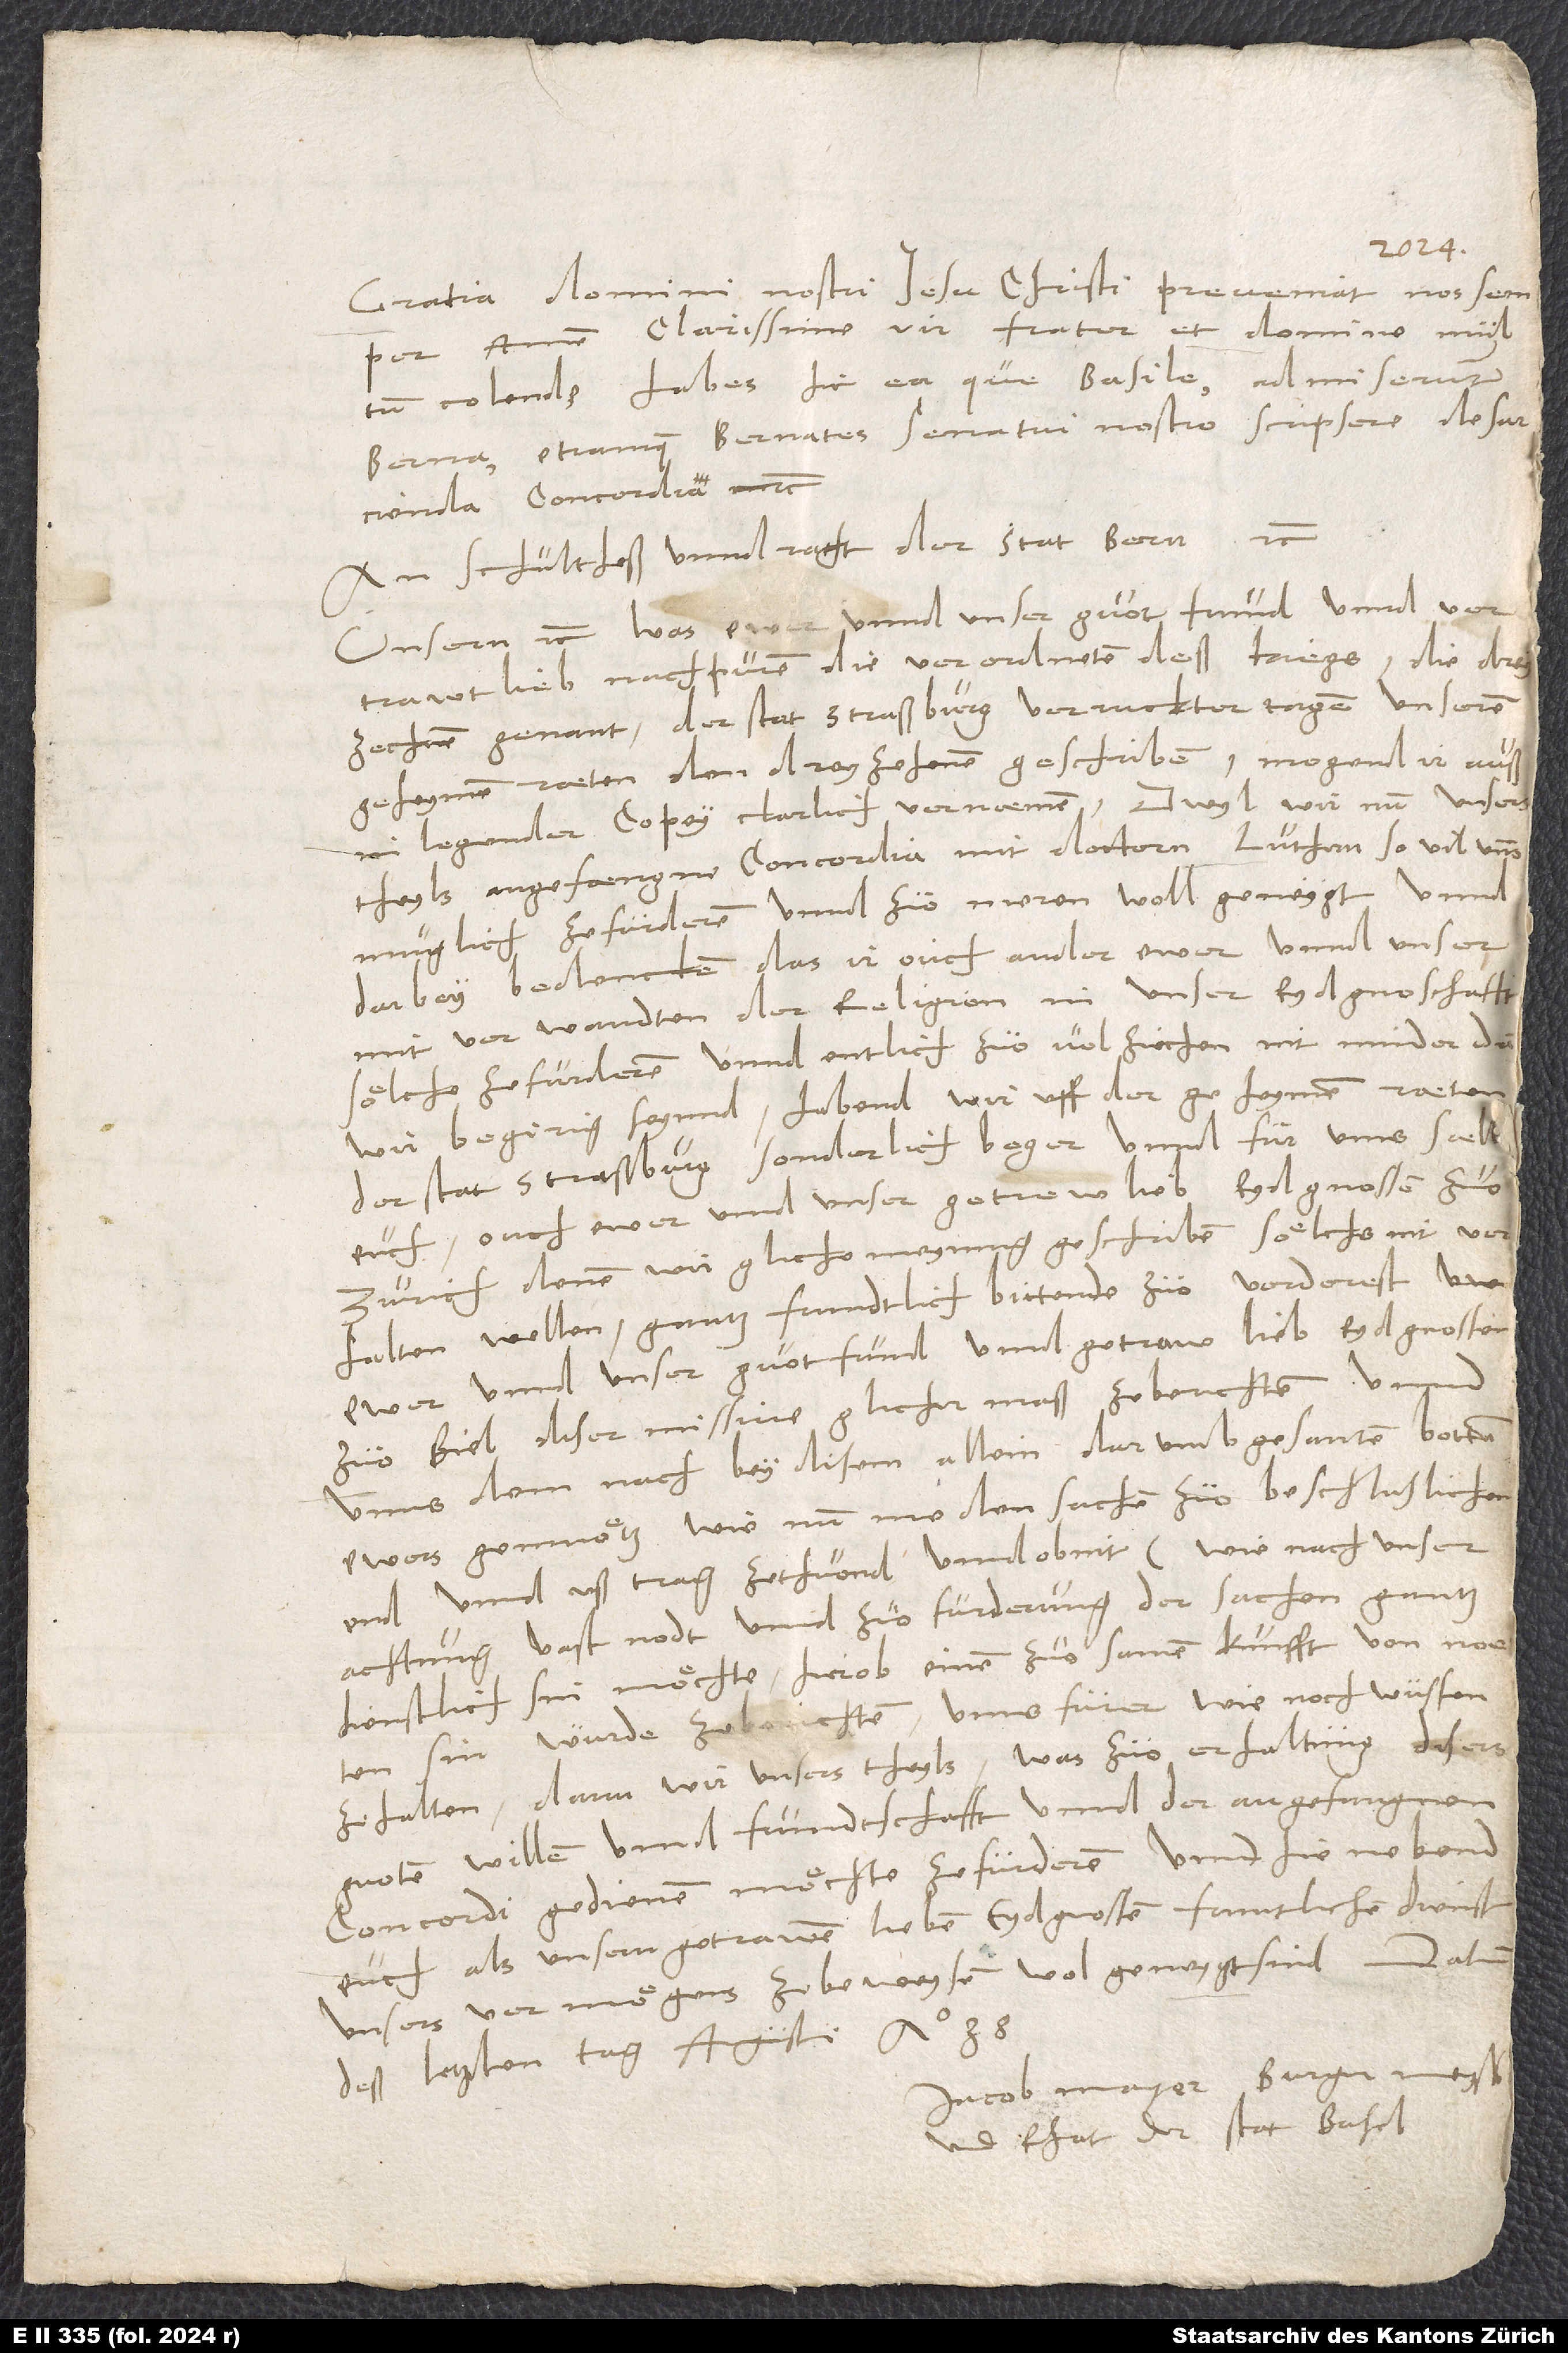
Gratia domini nostri Iesu Christi preveniat nos semper.
Amen. Clarissime vir, frater et domine multum
Bernates senatui nostro scripsere de sarcienda
schultheß unnd raeht der stat Bern etc.
Unsern etc. Was ewer unnd unser guot frund unnd vertrawt,
lieb nachpuren, die verordneten deß kriegs, die dreyzechnen
genant, der stat Straßburg verruckter tagen unseren
geheymen raeten, den dreyzehenen, geschriben, mogend ir auß
inlegender copey clarlich vernaemen. Dwyl wir nun unsers
theyls angefaengne concordia mit doctorn Luthern, so vil unns
muglich, ze furderen unnd zuo meren wol geneygt unnd
darbey bedencken, das ir, ouch ander ewer unnd unser
mitverwandten der religion in unser Eydgnoschafft,
sölche ze furderen unnd entlich zuo volziechen nit minder dan
wir begirig seynnd, habend wir uff der geheymen raeten
der statt Straßburg sonderlich beger unnd fur unns saelbs
euch, ouch ewer und unser getrew, lieb eydgnossen zuo
Zurich, denen wir gliche meynung geschriben, sölchs nit
verhalten wellen, gantz frundtlich bittende zuo vorderest,
ewer unnd unser guot frund unnd getraw, lieb eydgnossen
zuo Biel diser missive glicher maß ze berichten unnd
unns demnach bey disem allein darumb gesanten botten
ewers gemuötz, wie nun me den sachen zuo beschluslichem
end unnd ußtrag ze thuond und ob nit (wie nach unser
achtung vast nodt unnd zuo furderung der sachen gantz
dienstlich sin möchte) hierob einen zuosamenkunfft von noeten
sin wurde, ze berichten, unns furer wie noch wussen
ze halten. Dann wir unsers theyls, was zuo erhaltung disers
guoten willen unnd frundtschafft unnd der angefangnen
concordi gedienen möchte, ze furderen unnd hienebend
euch als unsern getrawen, lieben eydgnoßen fruntliche dienst
unsers vermögens ze beweysen wol geneygt sind. Datum
deß letzten tag augusti anno 38.
Jacob Mayer, burgermeyster
und rhat der stat Basel.“